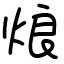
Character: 烺